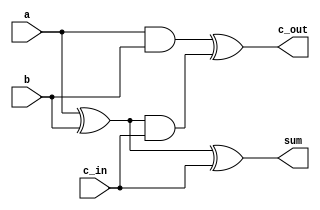
`timescale 1ns / 1ps


module fullAdder(sum, c_out,a, b, c_in);
input wire a, b, c_in;
output wire sum, c_out;
wire s1, c1, s2;
xor xor1(s1, a, b);
xor xor2(sum, s1, c_in);
and and1(c1, a, b);
and and2(s2,s1,c_in);
xor xor3(c_out, c1, s2);

endmodule